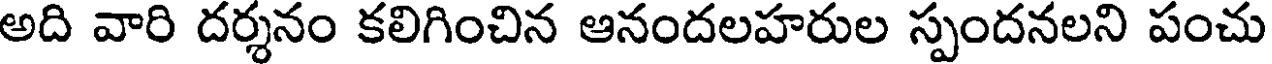
అది వారి దర్శనం కలిగించిన ఆనందలహరుల స్పందనలని పంచు